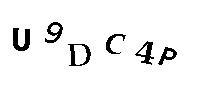
U9DC4P